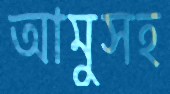
আমুসহ